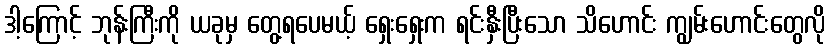
ဒါ့ကြောင့် ဘုန်းကြီးကို ယခုမှ တွေ့ရပေမယ့် ရှေးရှေးက ရင်းနှီးပြီးသော သိဟောင်း ကျွမ်းဟောင်းတွေလို